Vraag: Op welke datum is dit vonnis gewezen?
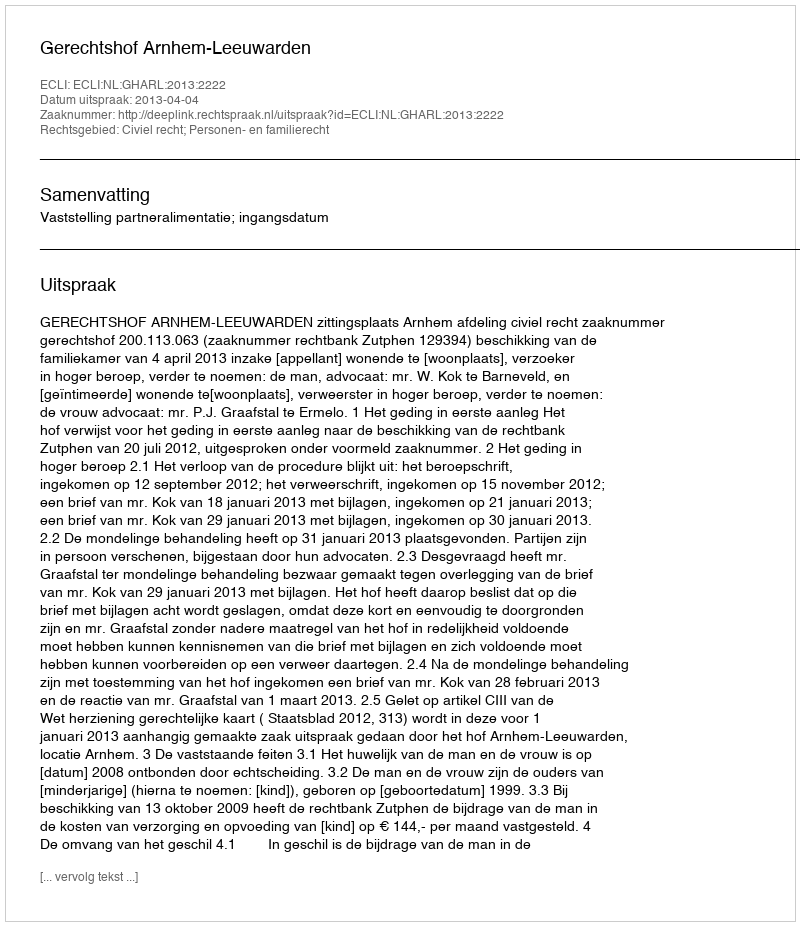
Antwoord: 2013-04-04